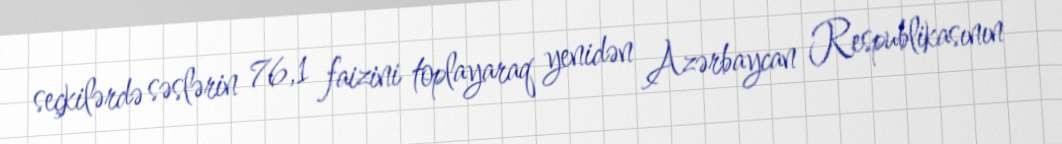
seçkilərdə səslərin 76,1 faizini toplayaraq yenidən Azərbaycan Respublikasının